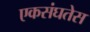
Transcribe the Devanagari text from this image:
एकसंघतेस